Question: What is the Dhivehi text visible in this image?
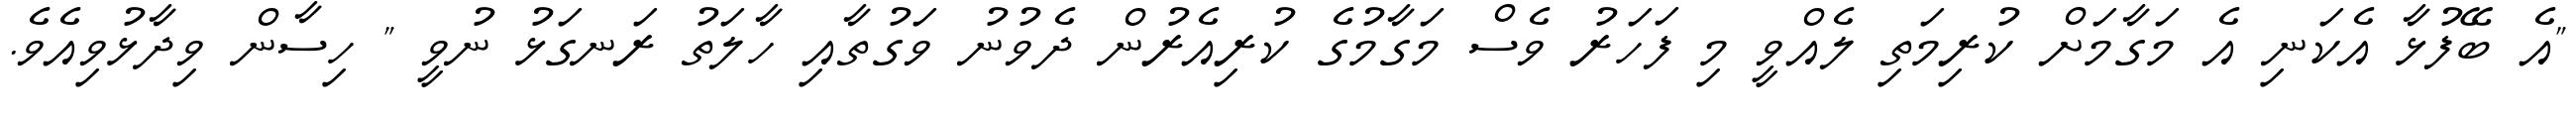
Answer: "އެ ބޭފުޅާ އެކަނި އެ މަގާމަށް ކުރިމަތި ލެއްވީ މި ފަހަރު ވެސް މަގާމުގެ ކުރިއެރުން ދެވުނު ވަގުތާއި ހާލަތު ރަނގަޅު ނުވީ " ހިސާން ވިދާޅުވިއެވެ.